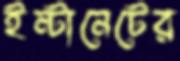
ইন্টানেটের